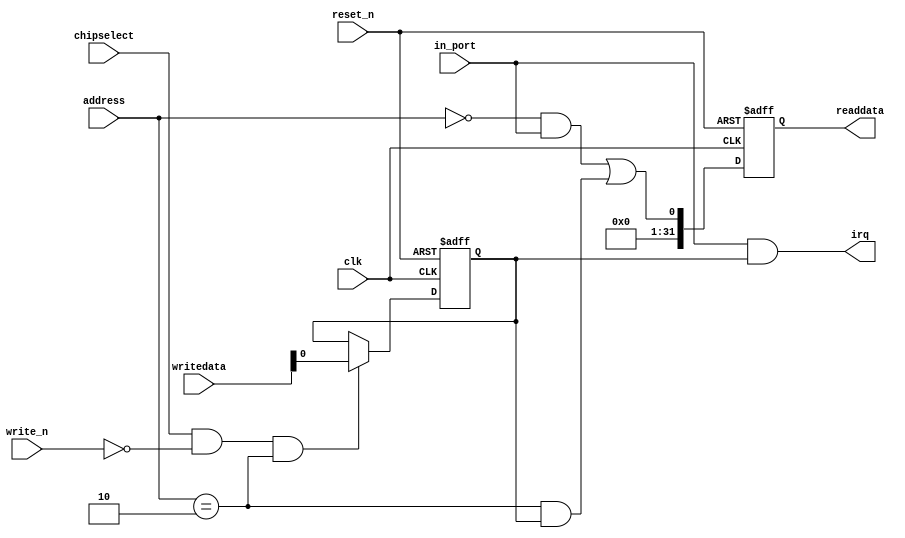
module key (
             // inputs:
              address,
              chipselect,
              clk,
              in_port,
              reset_n,
              write_n,
              writedata,

             // outputs:
              irq,
              readdata
           )
;

  output           irq;
  output  [ 31: 0] readdata;
  input   [  1: 0] address;
  input            chipselect;
  input            clk;
  input            in_port;
  input            reset_n;
  input            write_n;
  input   [ 31: 0] writedata;

  wire             clk_en;
  wire             data_in;
  wire             irq;
  reg              irq_mask;
  wire             read_mux_out;
  reg     [ 31: 0] readdata;
  assign clk_en = 1;
  //s1, which is an e_avalon_slave
  assign read_mux_out = ({1 {(address == 0)}} & data_in) |
    ({1 {(address == 2)}} & irq_mask);

  always @(posedge clk or negedge reset_n)
    begin
      if (reset_n == 0)
          readdata <= 0;
      else if (clk_en)
          readdata <= {{{32 - 1}{1'b0}},read_mux_out};
    end


  assign data_in = in_port;
  always @(posedge clk or negedge reset_n)
    begin
      if (reset_n == 0)
          irq_mask <= 0;
      else if (chipselect && ~write_n && (address == 2))
          irq_mask <= writedata;
    end


  assign irq = |(data_in      & irq_mask);

endmodule